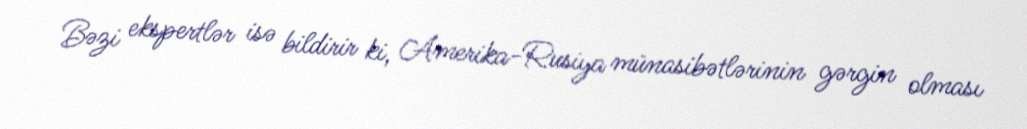
Bəzi ekspertlər isə bildirir ki, Amerika-Rusiya münasibətlərinin gərgin olması